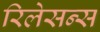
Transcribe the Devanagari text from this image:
रिलेसन्स